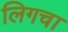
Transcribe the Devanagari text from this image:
लिगचा